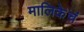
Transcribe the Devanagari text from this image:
मालिकेचं